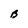
Character: B